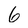
Character: 6